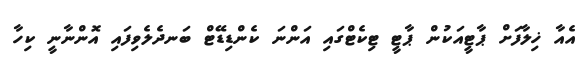
އެއާ ޚިލާފަށް ޕާޓީއަކުން ޕާޓީ ޓިކެޓްގައި އަންނަ ކެންޑިޑޭޓް ބަނދެލެވިފައި އޮންނާނީ ކިހާ